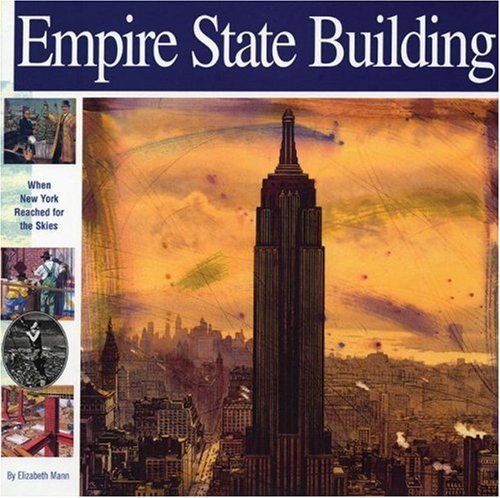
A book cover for Empire State Building: When New York Reached for the Skies (Wonders of the World Book); Elizabeth Mann; Children's Books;